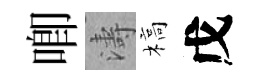
唧濤槁戊